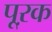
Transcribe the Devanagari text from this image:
पूऱक